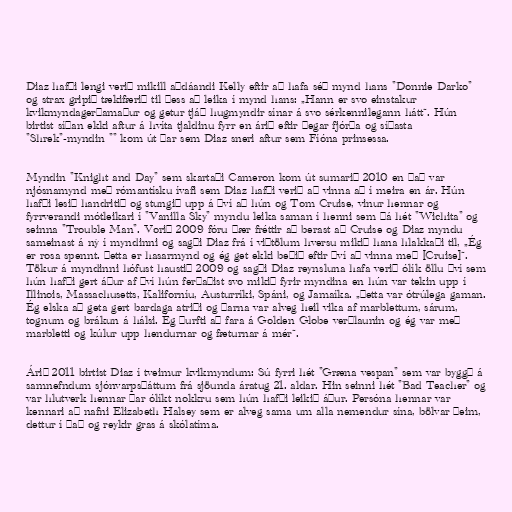
Diaz hafði lengi verið mikill aðdáandi Kelly eftir að hafa séð mynd hans "Donnie Darko"
og strax gripið tækifærið til þess að leika í mynd hans: „Hann er svo einstakur
kvikmyndagerðamaður og getur tjáð hugmyndir sínar á svo sérkennilegann hátt“. Hún
birtist síðan ekki aftur á hvíta tjaldinu fyrr en árið eftir þegar fjórða og síðasta
"Shrek"-myndin "" kom út þar sem Diaz sneri aftur sem Fíóna prinsessa.

Myndin "Knight and Day" sem skartaði Cameron kom út sumarið 2010 en það var
njósnamynd með rómantísku ívafi sem Diaz hafði verið að vinna að í meira en ár. Hún
hafði lesið handritið og stungið upp á því að hún og Tom Cruise, vinur hennar og
fyrrverandi mótleikari í "Vanilla Sky" myndu leika saman í henni sem þá hét "Wichita" og
seinna "Trouble Man". Vorið 2009 fóru þær fréttir að berast að Cruise og Diaz myndu
sameinast á ný í myndinni og sagði Diaz frá í viðtölum hversu mikið hana hlakkaði til, „Ég
er rosa spennt. Þetta er hasarmynd og ég get ekki beðið eftir því að vinna með [Cruise]“.
Tökur á myndinni hófust haustið 2009 og sagði Diaz reynsluna hafa verið ólík öllu því sem
hún hafði gert áður af því hún ferðaðist svo mikið fyrir myndina en hún var tekin upp í
Illinois, Massachusetts, Kaliforníu, Austurríki, Spáni, og Jamaíka. „Þetta var ótrúlega gaman.
Ég elska að geta gert bardaga atriði og þarna var alveg heil vika af marblettum, sárum,
tognum og brákun á hálsi. Ég þurfti að fara á Golden Globe verðlaunin og ég var með
marbletti og kúlur upp hendurnar og fæturnar á mér“.

Árið 2011 birtist Diaz í tveimur kvikmyndum: Sú fyrri hét "Græna vespan" sem var byggð á
samnefndum sjónvarpsþáttum frá sjöunda áratug 21. aldar. Hin seinni hét "Bad Teacher" og
var hlutverk hennar þar ólíkt nokkru sem hún hafði leikið áður. Persóna hennar var
kennari að nafni Elizabeth Halsey sem er alveg sama um alla nemendur sína, bölvar þeim,
dettur í það og reykir gras á skólatíma.